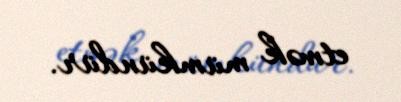
etmək mümkündür.